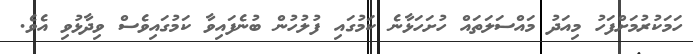
ހަމަކުރުމަށްފަހު މިއަދު މައްސަލަތައް ހުށަހަޅާނެ ކަމުގައި ފުލުހުން ބުނެފައިވާ ކަމުގައިވެސް ވިދާޅުވި އެވެ.